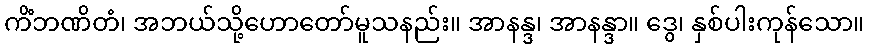
ကိံဘဏိတံ၊ အဘယ်သို့ဟောတော်မူသနည်း။ အာနန္ဒ၊ အာနန္ဒာ။ ဒွေ၊ နှစ်ပါးကုန်သော။